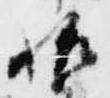
始